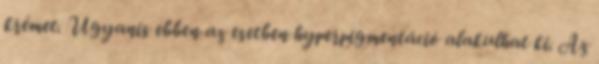
krémet. Ugyanis ebben az esetben hyperpigmentáció alakulhat ki. Az